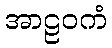
အာဠဝကံ